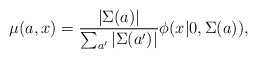
\begin{align*}\mu(a,x)=\frac{|\Sigma(a)|^{}}{\sum_{a'}|\Sigma(a')|^{}}\phi(x|0,\Sigma(a)),\end{align*}